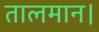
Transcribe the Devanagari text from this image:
तालमान।